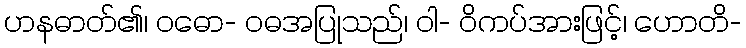
ဟနဓာတ်၏၊ ဝဓော- ဝဓအပြုသည်၊ ဝါ- ဝိကပ်အားဖြင့်၊ ဟောတိ-